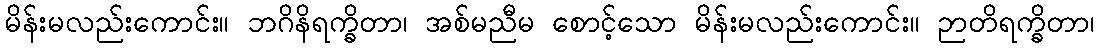
မိန်းမလည်းကောင်း။ ဘဂိနိရက္ခိတာ၊ အစ်မညီမ စောင့်သော မိန်းမလည်းကောင်း။ ဉာတိရက္ခိတာ၊